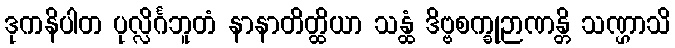
ဒုကနိပါတ ပုလ္လိင်္ဂဘူတံ နာနာတိတ္ထိယာ သန္ထံ ဒိဗ္ဗစက္ခုဉာဏန္တိ သဏ္ဌာသိ